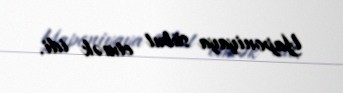
Yaponiyaya sübut etmək idi.